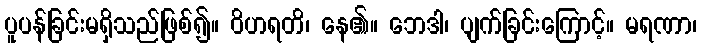
ပူပန်ခြင်းမရှိသည်ဖြစ်၍။ ဝိဟရတိ၊ နေ၏။ ဘေဒါ၊ ပျက်ခြင်းကြောင့်။ မရဏာ၊